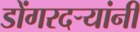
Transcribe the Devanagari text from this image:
डोंगरदर्‍यांनी